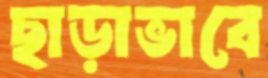
ছাড়াভাবে